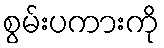
စွမ်းပကားကို